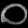
Digit: ၀